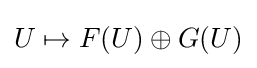
U\mapsto F(U)\oplus G(U)